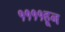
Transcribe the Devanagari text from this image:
११११हून